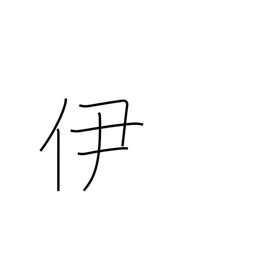
Meaning: that one